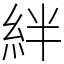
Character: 絆